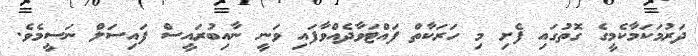
ދަރުމަކަމާކެމީގެ ގޮތުގައި ފެށި މި ހަރަކާތް ފައްޓަވާދެއްވާފައި ވަނީ ނާއިބުރައީސް ފައިސަލް ނަސީމެވެ.